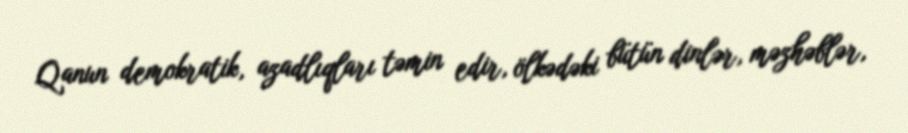
Qanun demokratik, azadlıqları təmin edir, ölkədəki bütün dinlər, məzhəblər,